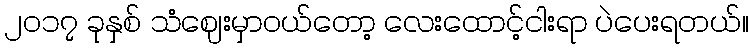
၂၀၁၇ ခုနှစ် သံဈေးမှာဝယ်တော့ လေးထောင့်ငါးရာ ပဲပေးရတယ်။